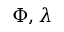
\Phi , \lambda